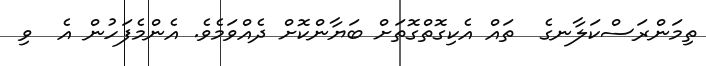
ތިމަންރަސްކަލާނގެ  ތައް އެކިގޮތްގޮތަށް ބަޔާންކޮށް ދެއްވަމެވެ. އެންމެފަހުން އެ  ވި